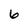
Character: 6